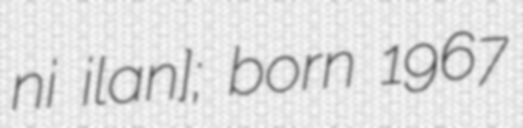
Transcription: n̠ʲiː ˈiːlˠaːnʲ]; born 1967